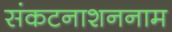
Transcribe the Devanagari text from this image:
संकटनाशननाम